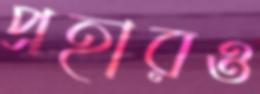
প্রহারও